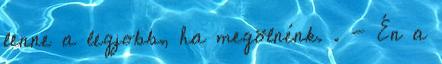
lenne a legjobb, ha megölnénk. . - Én a